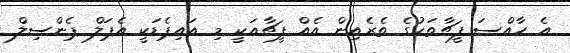
އެ ހާއްސަ ފީޗާތަކުގެ ތެެރެއިން އެއް ފީޗާއަކީ މި އައިޕެޑަކީ އެޕަލް ޕެންސިލް